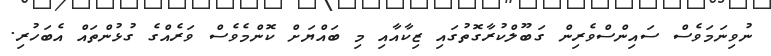
ނުވިނަމަވެސް ސައިންސްވެރިން ގަބޫލްކުރާގޮތުގައި ޒިކާއާއި މި ބައްޔަށް ކޮންމެވެސް ވަރެއްގެ ގުޅުންތައް އެބަހުރި.